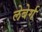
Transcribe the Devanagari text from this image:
लेबेर्ग